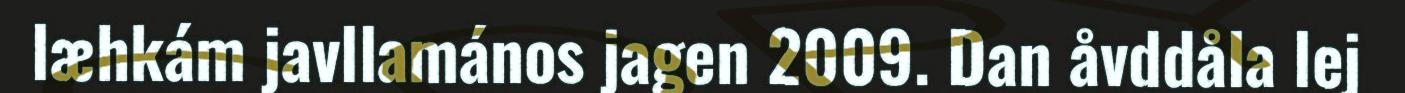
læhkám javllamános jagen 2009. Dan åvddåla lej